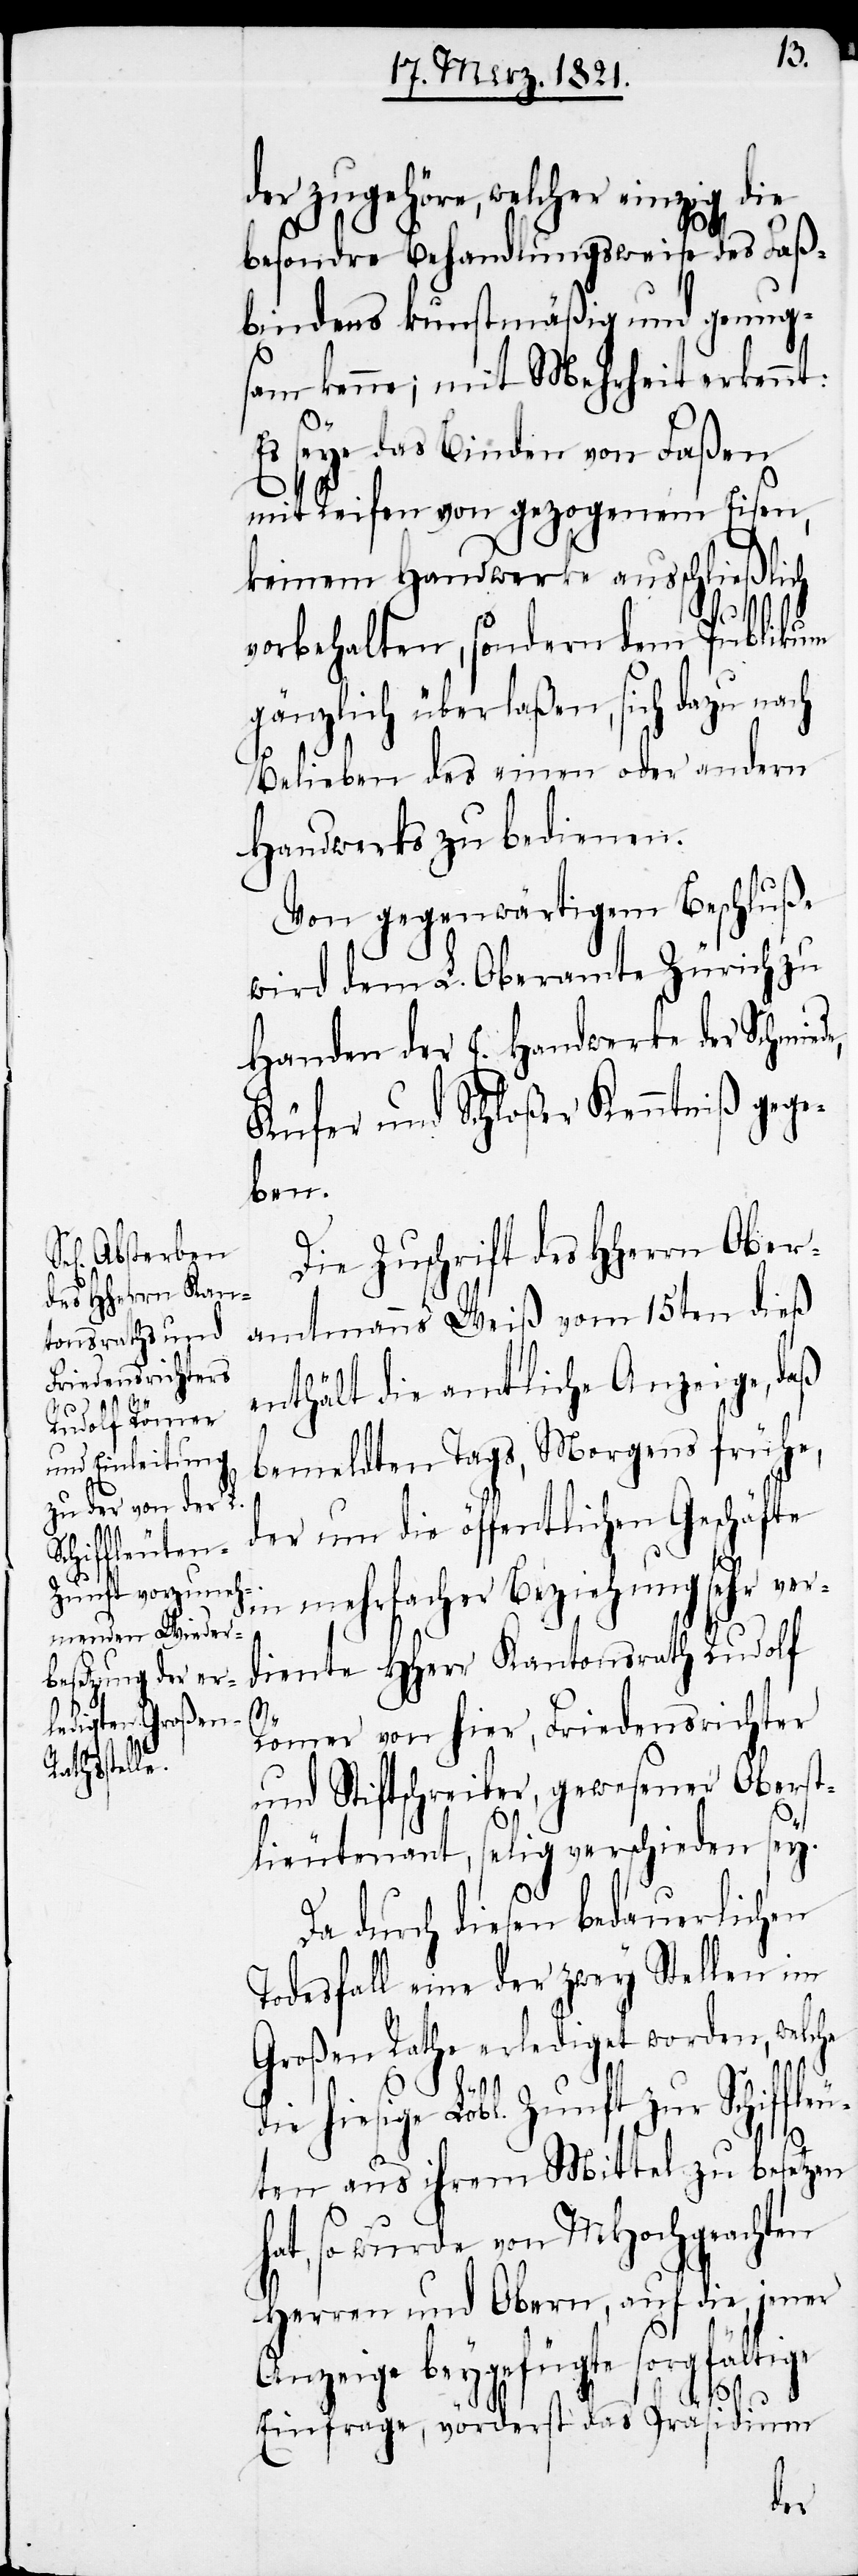
der zugehöre, welcher einzig die
besondre Behandlungsweise des Faß¬
bindens kunstmäßig und genug¬
sam kenne; mit Mehrheit erkennt:
Es seye das Binden von Faßen
mit Reifen von gezogenem Eisen,
keinem Handwerke ausschließlich
vorbehalten, sondern dem Publikum
gänzlich überlaßen, sich dazu nach
Belieben des einen oder andern
Handwerks zu bedienen.
Von gegenwärtigem Beschluß
wird dem L. Oberamte Zürich zu
Handen der E. Handwerke der Schmied¬
Küfer und Schloßer Kenntniß gege¬
ben.
Die Zuschrift des HHerrn Ober¬
amtmanns Weiß vom 15ten dieß
enthält die amtliche Anzeige, daß
bemeldten Tags, Morgens frühe,
der um die öffentlichen Geschäfte
h¬
in mehrfacher Beziehung sehr ver¬
diente HHerr Kantonsrath Rudolf
Römer von hier, Friedensrichter
und Stiftschreiber, gewesener Oberst¬
lieutenant, selig verschieden sey.
Da durch diesen bedauerlichen
Todesfall eine der zwey Stellen im
Großen Rathe erledigt worden, welche
die hiesige Löbl. Zunft zur Schiffl¬
ten aus ihrem Mittel zu besetzen
at, so wurde von MHochgeachten
Herren und Obern, auf die, jener
Anzeige beygefügte sorgfältige
Einfrage, vörderst das Präsidium